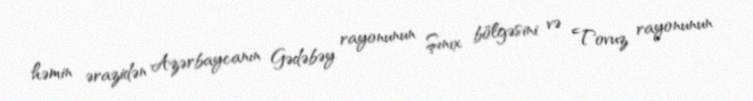
həmin ərazidən Azərbaycanın Gədəbəy rayonunun Şınıx bölgəsini və Tovuz rayonunun